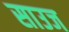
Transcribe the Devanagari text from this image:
साउज